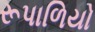
રૂપાળિયો